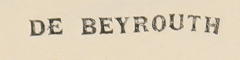
DE BEYROUTH